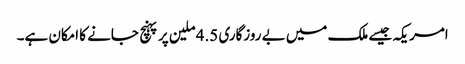
امریکہ جیسے ملک میں بے روزگاری 4.5 ملین پر پہنچ جانے کا امکان ہے۔